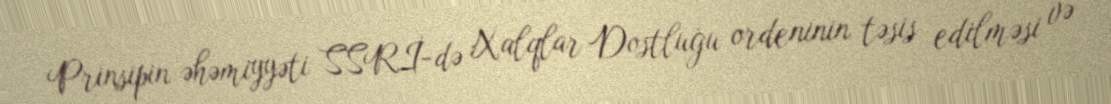
Prinsipin əhəmiyyəti SSRİ-də Xalqlar Dostluğu ordeninin təsis edilməsi və